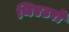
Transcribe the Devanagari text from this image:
थिएटरो